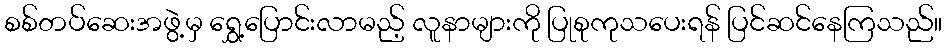
စစ်တပ်ဆေးအဖွဲ့မှ ရွှေ့ပြောင်းလာမည့် လူနာများကို ပြုစုကုသပေးရန် ပြင်ဆင်နေကြသည်။